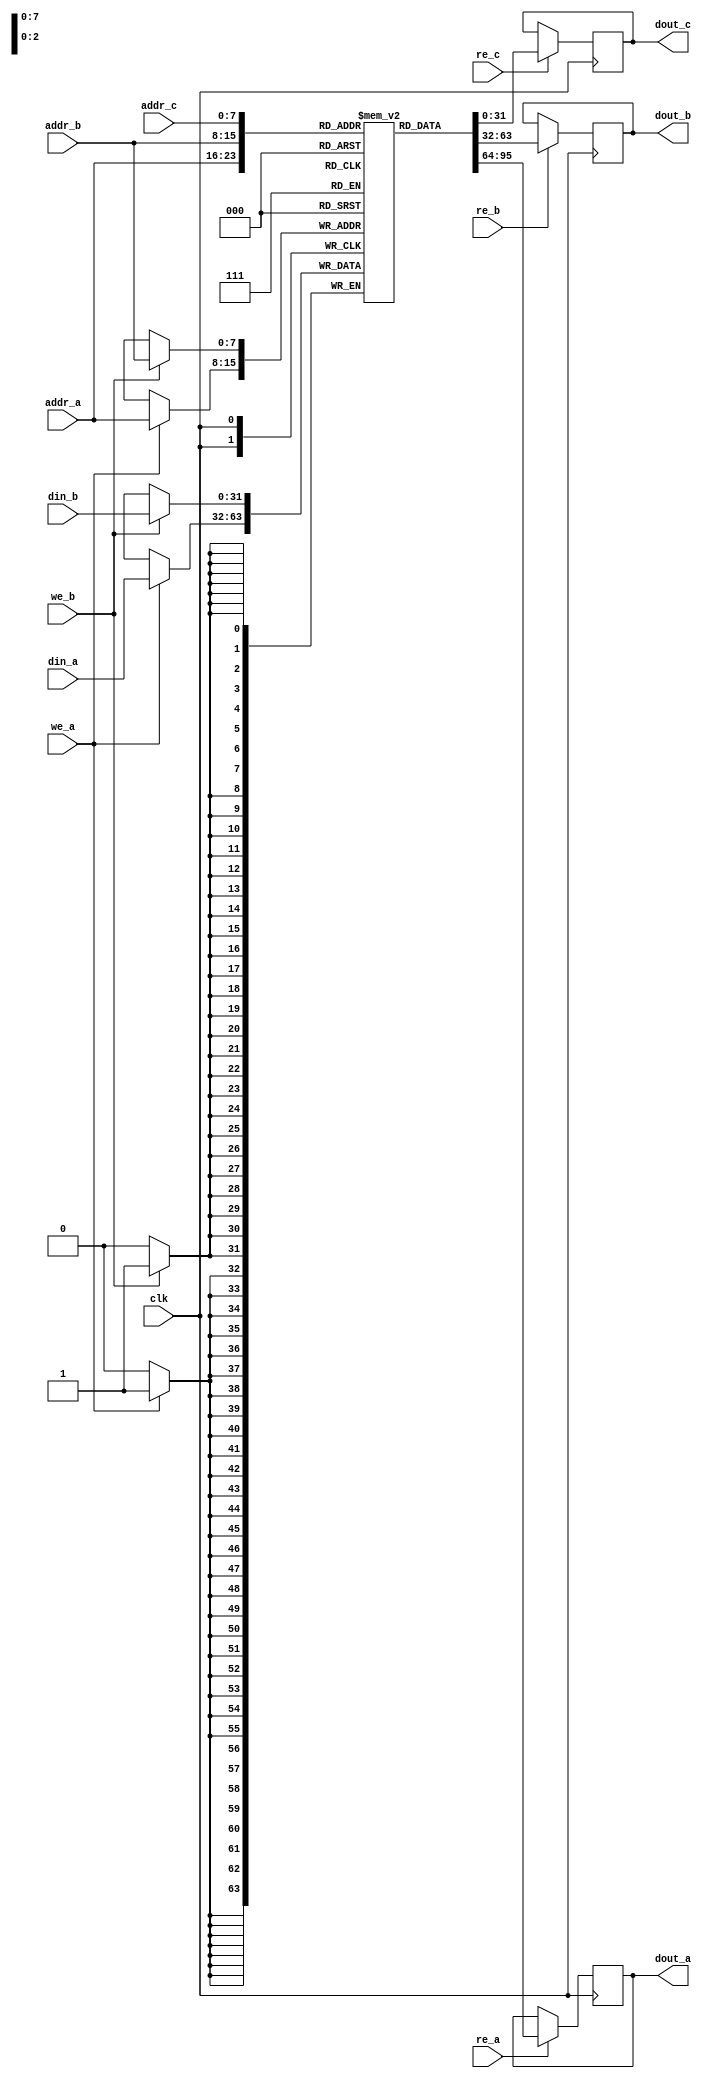
module triple_port_ram #(
    parameter DATA_WIDTH = 32,  // Width of each memory word
    parameter ADDR_WIDTH = 8     // Number of address lines (2^ADDR_WIDTH = depth)
)(
    input wire clk,
    
    // Port A
    input wire [ADDR_WIDTH-1:0] addr_a,
    input wire [DATA_WIDTH-1:0] din_a,
    input wire we_a,
    input wire re_a,
    output reg [DATA_WIDTH-1:0] dout_a,
    
    // Port B
    input wire [ADDR_WIDTH-1:0] addr_b,
    input wire [DATA_WIDTH-1:0] din_b,
    input wire we_b,
    input wire re_b,
    output reg [DATA_WIDTH-1:0] dout_b,

    // Port C
    input wire [ADDR_WIDTH-1:0] addr_c,
    input wire re_c,
    output reg [DATA_WIDTH-1:0] dout_c
);

    // Memory array declaration
    reg [DATA_WIDTH-1:0] ram [(2**ADDR_WIDTH)-1:0];

    // Read/Write operation for Port A
    always @(posedge clk) begin
        if (we_a) begin
            ram[addr_a] <= din_a;  // Write data to RAM
        end
        if (re_a) begin
            dout_a <= ram[addr_a]; // Read data from RAM
        end
    end

    // Read/Write operation for Port B
    always @(posedge clk) begin
        if (we_b) begin
            ram[addr_b] <= din_b;  // Write data to RAM
        end
        if (re_b) begin
            dout_b <= ram[addr_b]; // Read data from RAM
        end
    end

    // Read operation for Port C
    always @(posedge clk) begin
        if (re_c) begin
            dout_c <= ram[addr_c]; // Read data from RAM
        end
    end

    // Optional: Initialization logic (if needed)
    initial begin
        // Initialize memory contents here if required
    end

endmodule